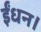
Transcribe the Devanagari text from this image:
ईंधन।